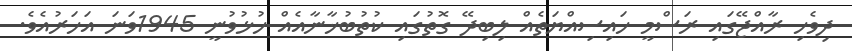
ދިވެހި ރާއްޖޭގައި ރަސްމީ ހައިސިއްޔަތެއް ލިބިދޭ ގޮތުގައި ކުތުބުޚާނާއެއް ހުޅުވުނީ 1945ވަނަ އަހަރުއެވެ.